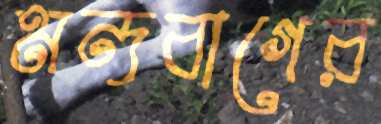
মন্দবাগের